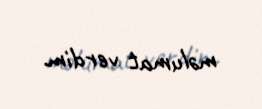
məlumat verdim.